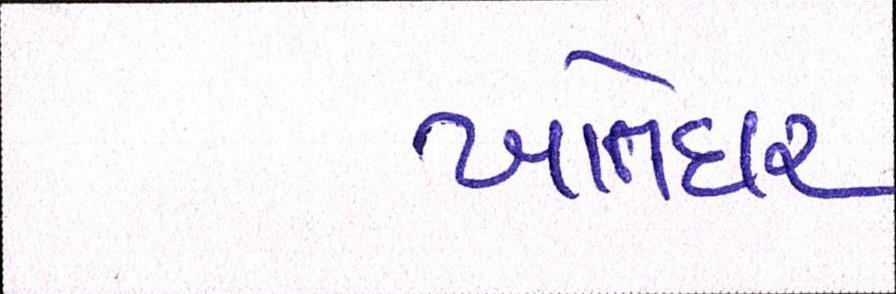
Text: ખાતેદાર